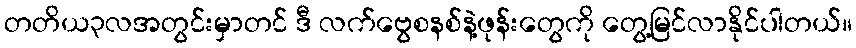
တတိယ၃လအတွင်းမှာတင် ဒီ လက်ဗွေစနစ်နဲ့ဖုန်းတွေကို တွေ့မြင်လာနိုင်ပါတယ်။